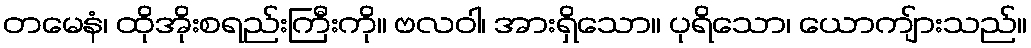
တမေနံ၊ ထိုအိုးစရည်းကြီးကို။ ဗလဝါ၊ အားရှိသော။ ပုရိသော၊ ယောကျ်ားသည်။